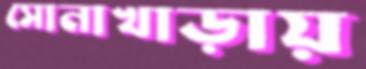
সোনাখাড়ায়